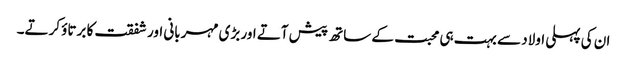
ان کی پہلی اولاد سے بہت ہی محبت کے ساتھ پیش آتے اور بڑی مہربانی اور شفقت کا برتاؤ کرتے۔